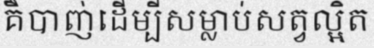
គឺបាញ់ដើម្បីសម្លាប់សត្វល្អិត